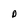
Character: D